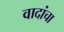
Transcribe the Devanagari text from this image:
वादांचा